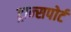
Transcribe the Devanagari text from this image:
ट्रान्‍सपोर्ट